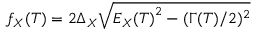
f _ { X } ( T ) = 2 \Delta _ { X } \sqrt { { E _ { X } ( T ) } ^ { 2 } - ( \Gamma ( T ) / 2 ) ^ { 2 } }